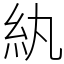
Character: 紈